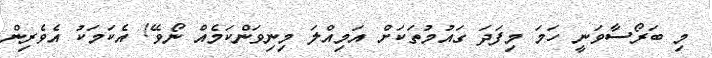
މި ބަރޯސާވަނީ ހަމަ މިފަދަ ގައުމުތަކަށް އަމިއްލަ މިނިވަންކަމެއް ނޯވޭ! އެކަމަކު އެވެރިން